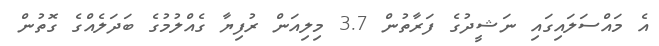
އެ މައްސަލައިގައި ނަޝީދުގެ ފަރާތުން 3.7 މިލިއަން ރުފިޔާ ގެއްލުމުގެ ބަދަލެއްގެ ގޮތުން